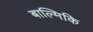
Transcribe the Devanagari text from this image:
बाल्मिकि